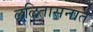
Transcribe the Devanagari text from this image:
ललितासनात